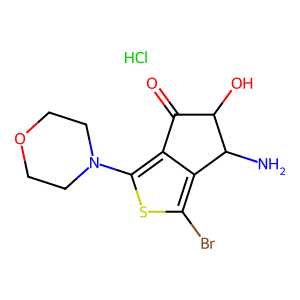
SMILES: Cl.NC1c2c(Br)sc(N3CCOCC3)c2C(=O)C1O
Inhibits HIV replication: No